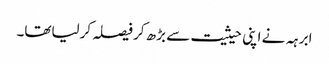
ابرہہ نے اپنی حیثیت سے بڑھ کر فیصلہ کرلیاتھا۔